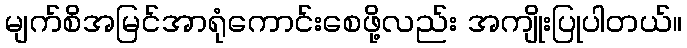
မျက်စိအမြင်အာရုံကောင်းစေဖို့လည်း အကျိုးပြုပါတယ်။